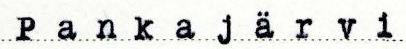
Pankajärvi